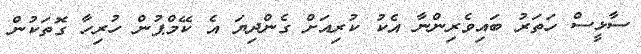
ސާޅީސް ހަތަރު ބައިވެރިންނާ އެކު ކުރިއަށް ގެންދިޔަ އެ ކޭމްޕުން ހުރިހާ ގޮތަކުން